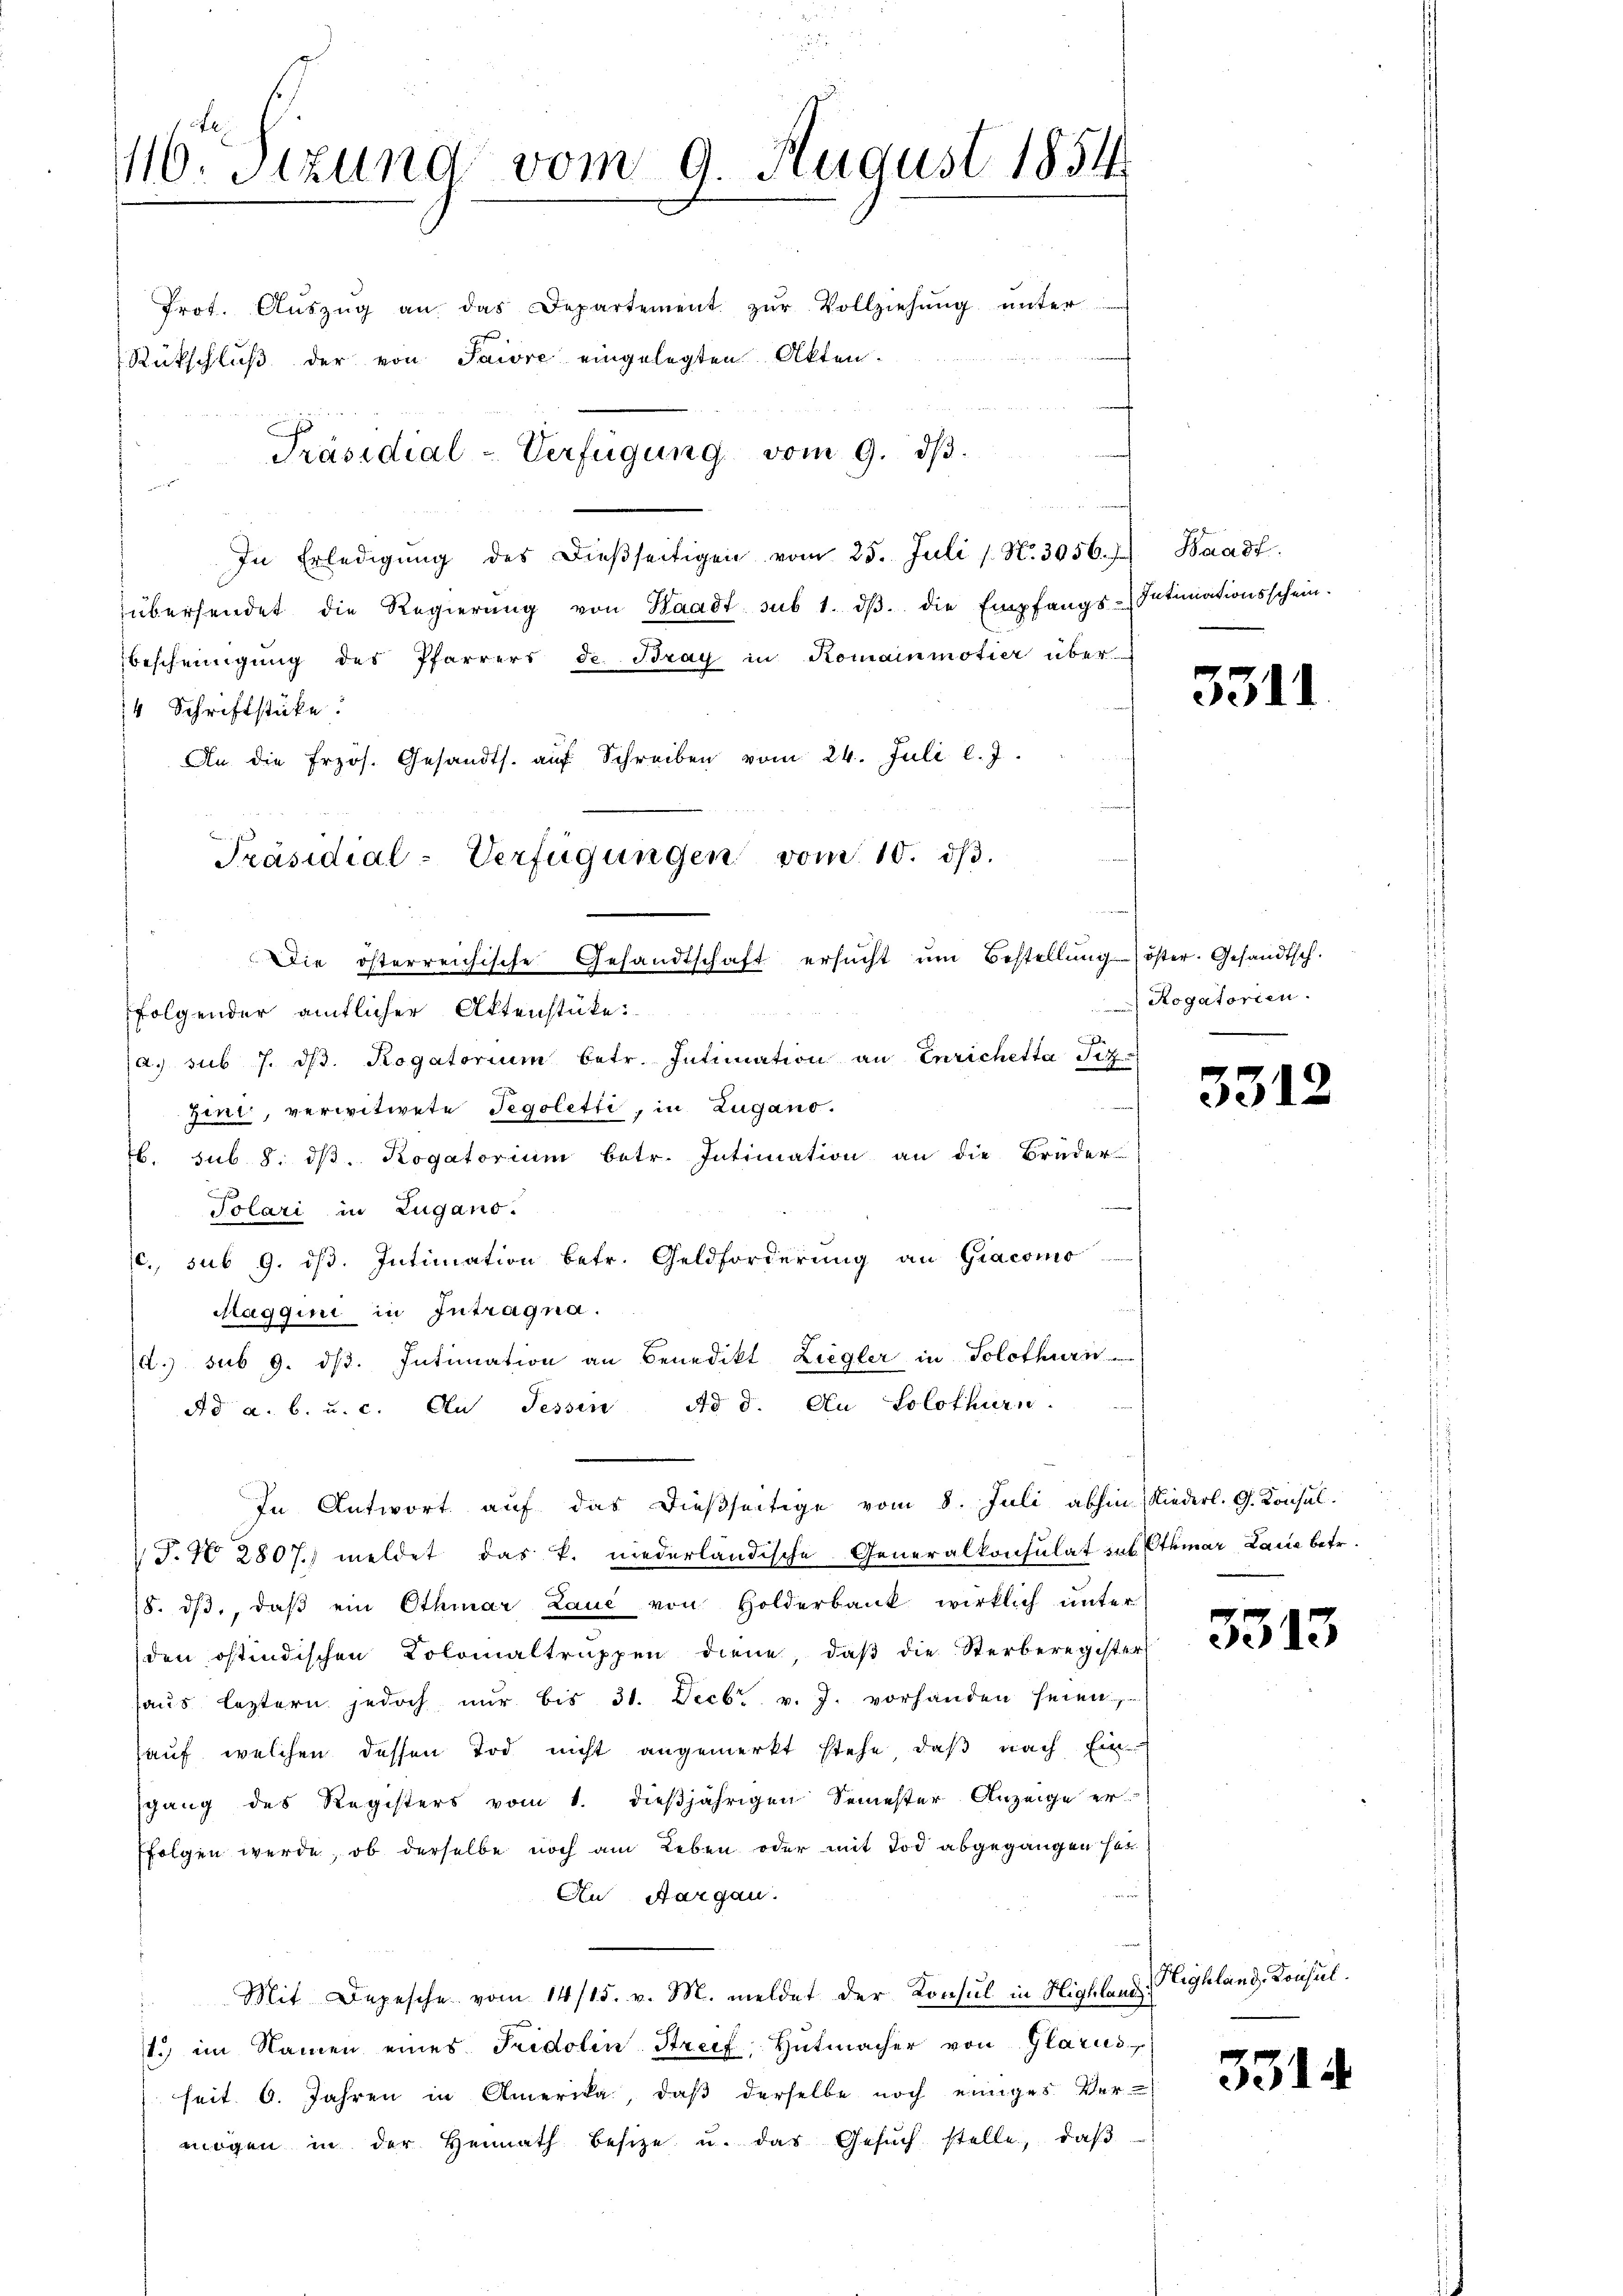
116. Sizung vom 9. August 1854
Prot. Aŭszŭg an das Departement zŭr Vollziehŭng ŭnter
Rütschluß der von Paire eingelegten Akten.
Präsidial-Verfügung vom 9. dβ.

u
In Erledigŭng des dieβseitigen vom 25. Juli 1 N. 3056. Waadt.
übersendet die Regierŭng von Waadt sub 1. dβ die Empfangs-Intimationsschein.
bescheinigung des Pfarrers de Bray in Romainmotier über
4 Schriftstücke:
An die frzös. Gesandts. aŭf Schreiben vom 24. Juli l. J.
a. sub 7. dβ. Rogatorium betr. Intimation an Enrichetta Siz.
Zint, verwitwete Tegoletti, in Zugano.
b. sub. 8. dβ. Rogatorium betr. Intimation an die Brüder
Polari in Lugano.
c., sub 9. ds. Intimation betr. Geldforderung an Giacomo
Maggini in Intragna.
d. sub 9. dβ. Intimation an Benedikt Ziegler in Solothurn
Ad a. b. u. c. An Tessin Ad d. An Solothurn.
In Antwort auf das dießseitige vom 8. Juli abhin Niederl. G. Konsul
T.N 2807. meldet das k. niederländische Generalkonsulat des Othmar Laue betr.
18. dβ, daβ ein Othmar Laue von Holderbank wirklich unter
den ostindischen Colomaltruppen diene, daß die Sterberegister
haŭs leztern jedoch nŭr bis 31. Decbr. v. J. vorhanden seien,
auf, welchen dessen Tod nicht angemerkt stehe, daß nach Einsgang des Registers vom 1. dießjährigen Semester Anzeige er-
folgen werde, ob derselbe noch am Leben oder mit Tod abgegangen sei
An Aargau.
 Mit Depesche vom 14/15. v. M. meldet der Konsul in Highland
1.) im Namen eines Fridolin Streif, Hutmacher von Glarus,
seit 6. Jahren in Amerika, daβ derselbe noch einiges Vermögen in der Heimath besitze u. das Gesŭch stelle, daβ

Präsidial-Verfügungen vom 10. ds.
Die österreichische Gesandtschaft ersucht ŭm Bestellung öster. Gesandtsch.
folgender amtlicher Aktenstücke:

Rogatorien.
I

3311

33.

33

331.

2

3

Highland, Konsul